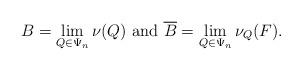
LaTeX: \begin{align*}B=\lim_{Q\in \Psi_n}\nu(Q)\mbox{ and }\overline B=\lim_{Q\in \Psi_n}\nu_Q(F).\end{align*}